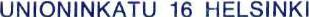
UNIONINKATU 16 HELSINKI